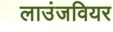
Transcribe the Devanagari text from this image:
लाउंजवियर